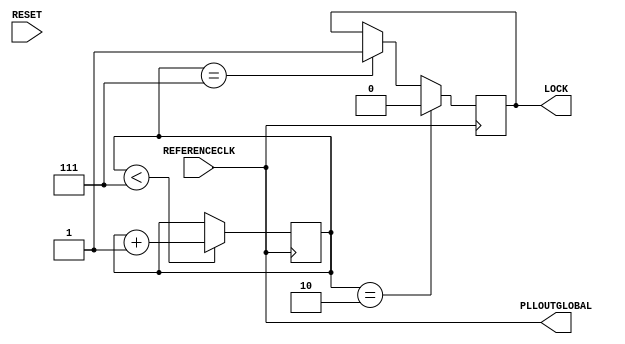
/*
 * This Source Code Form is subject to the terms of the Mozilla
 * Public License, v. 2.0. If a copy of the MPL was not distributed
 * with this file, You can obtain one at https://mozilla.org/MPL/2.0/.
 * Notice: The scope granted to MPL excludes the ASIC industry.
 *
 * Copyright (c) 2017 DUKELEC, All rights reserved.
 *
 */

`timescale 1 ns / 1 ps

module cdctl_pll(
        input   REFERENCECLK,
        input   RESET,
        
        output  PLLOUTGLOBAL,
        output  LOCK
    );

wire clk = REFERENCECLK;
assign PLLOUTGLOBAL = clk;

reg reset_n = 1;
assign LOCK = reset_n;

reg [2:0] reset_cnt = 0;
always @(posedge clk) begin
    if (reset_cnt == 3'b010)
        reset_n <= 0;
    else if (reset_cnt == 3'b111)
        reset_n <= 1;

    if (reset_cnt < 3'b111)
        reset_cnt <= reset_cnt + 1;
end 

endmodule